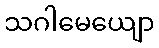
သဂါမေယျော